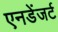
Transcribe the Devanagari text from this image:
एनडेंजर्ट